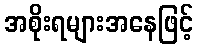
အစိုးရများအနေဖြင့်